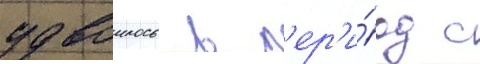
удвоилось в п'ер'и́од с